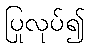
ပြုလုပ်၍